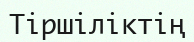
Тіршіліктің